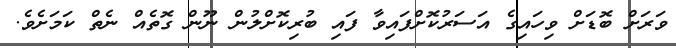
ވަރަށް ބޮޑަށް ވިހައިގެ އަސަރުކޮށްފައިވާ ފައި ބުރިކޮށްލުން ނޫން ގޮތެއް ނެތް ކަމަށެވެ.